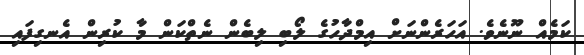
ކަމެއް ނޫނެވެ. އަހަރެންނަށް އިމްދާހުގެ ލޯބި ލިބެން ނެތްކަން މާ ކުރިން އެނގިފައި